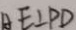
A E \bot P D